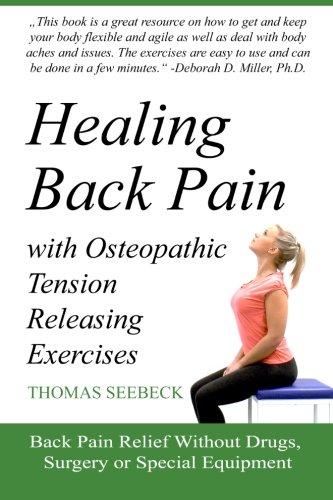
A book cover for Healing Back Pain with Osteopathic Tension Releasing Exercises; Thomas Seebeck; Health, Fitness & Dieting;